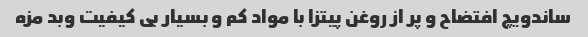
ساندویچ افتضاح و پر از روغن پیتزا با مواد کم و بسیار بی کیفیت وبد مزه